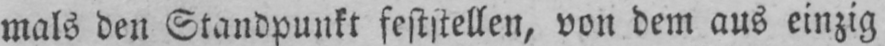
mals den Standpunkt feststellen, von dem aus einzig